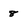
Character: 8